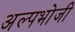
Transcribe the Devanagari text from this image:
अल्पभोजी